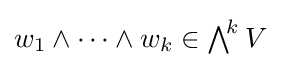
w_{1}\wedge \cdots \wedge w_{k}\in \textstyle \bigwedge ^{\!k}V